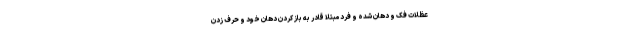
عظلات فک و دهان شده و فرد مبتلا قادر به باز کردن دهان خود و حرف زدن